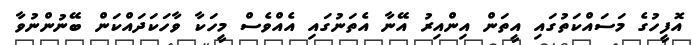
އޮފީހުގެ މަސައްކަތުގައި އީތަން އިންއިރު އޭނާ އެތަނުގައި އެއްވެސް މީހަކާ ވާހަކަދައްކަން ބޭނުންނުވާ